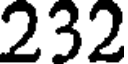
232